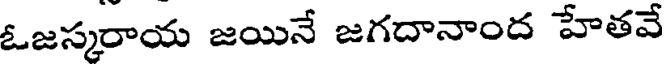
ఓజస్కరాయ జయినే జగదానాంద హేతవే